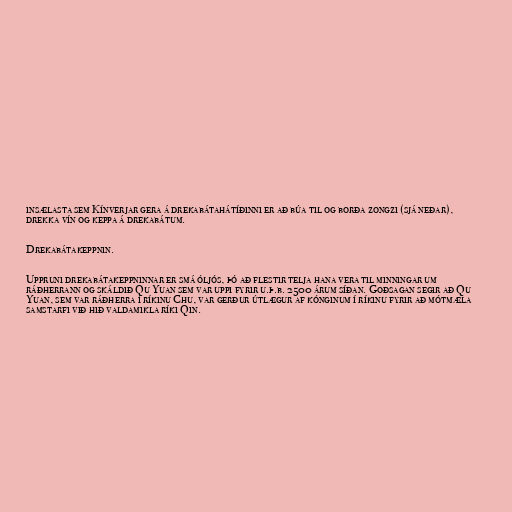
insælasta sem Kínverjar gera á drekabátahátíðinni er að búa til og borða zongzi (sjá neðar),
drekka vín og keppa á drekabátum.

Drekabátakeppnin.

Uppruni drekabátakeppninnar er smá óljós, þó að flestir telja hana vera til minningar um
ráðherrann og skáldið Qu Yuan sem var uppi fyrir u.þ.b. 2500 árum síðan. Goðsagan segir að Qu
Yuan, sem var ráðherra í ríkinu Chu, var gerður útlægur af kónginum í ríkinu fyrir að mótmæla
samstarfi við hið valdamikla ríki Qin.